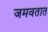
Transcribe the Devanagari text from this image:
जमवतात